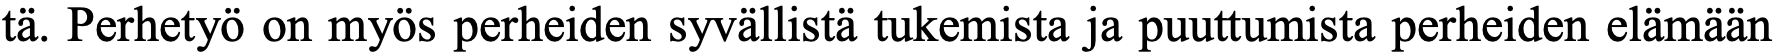
tä. Perhetyö on myös perheiden syvällistä tukemista ja puuttumista perheiden elämään